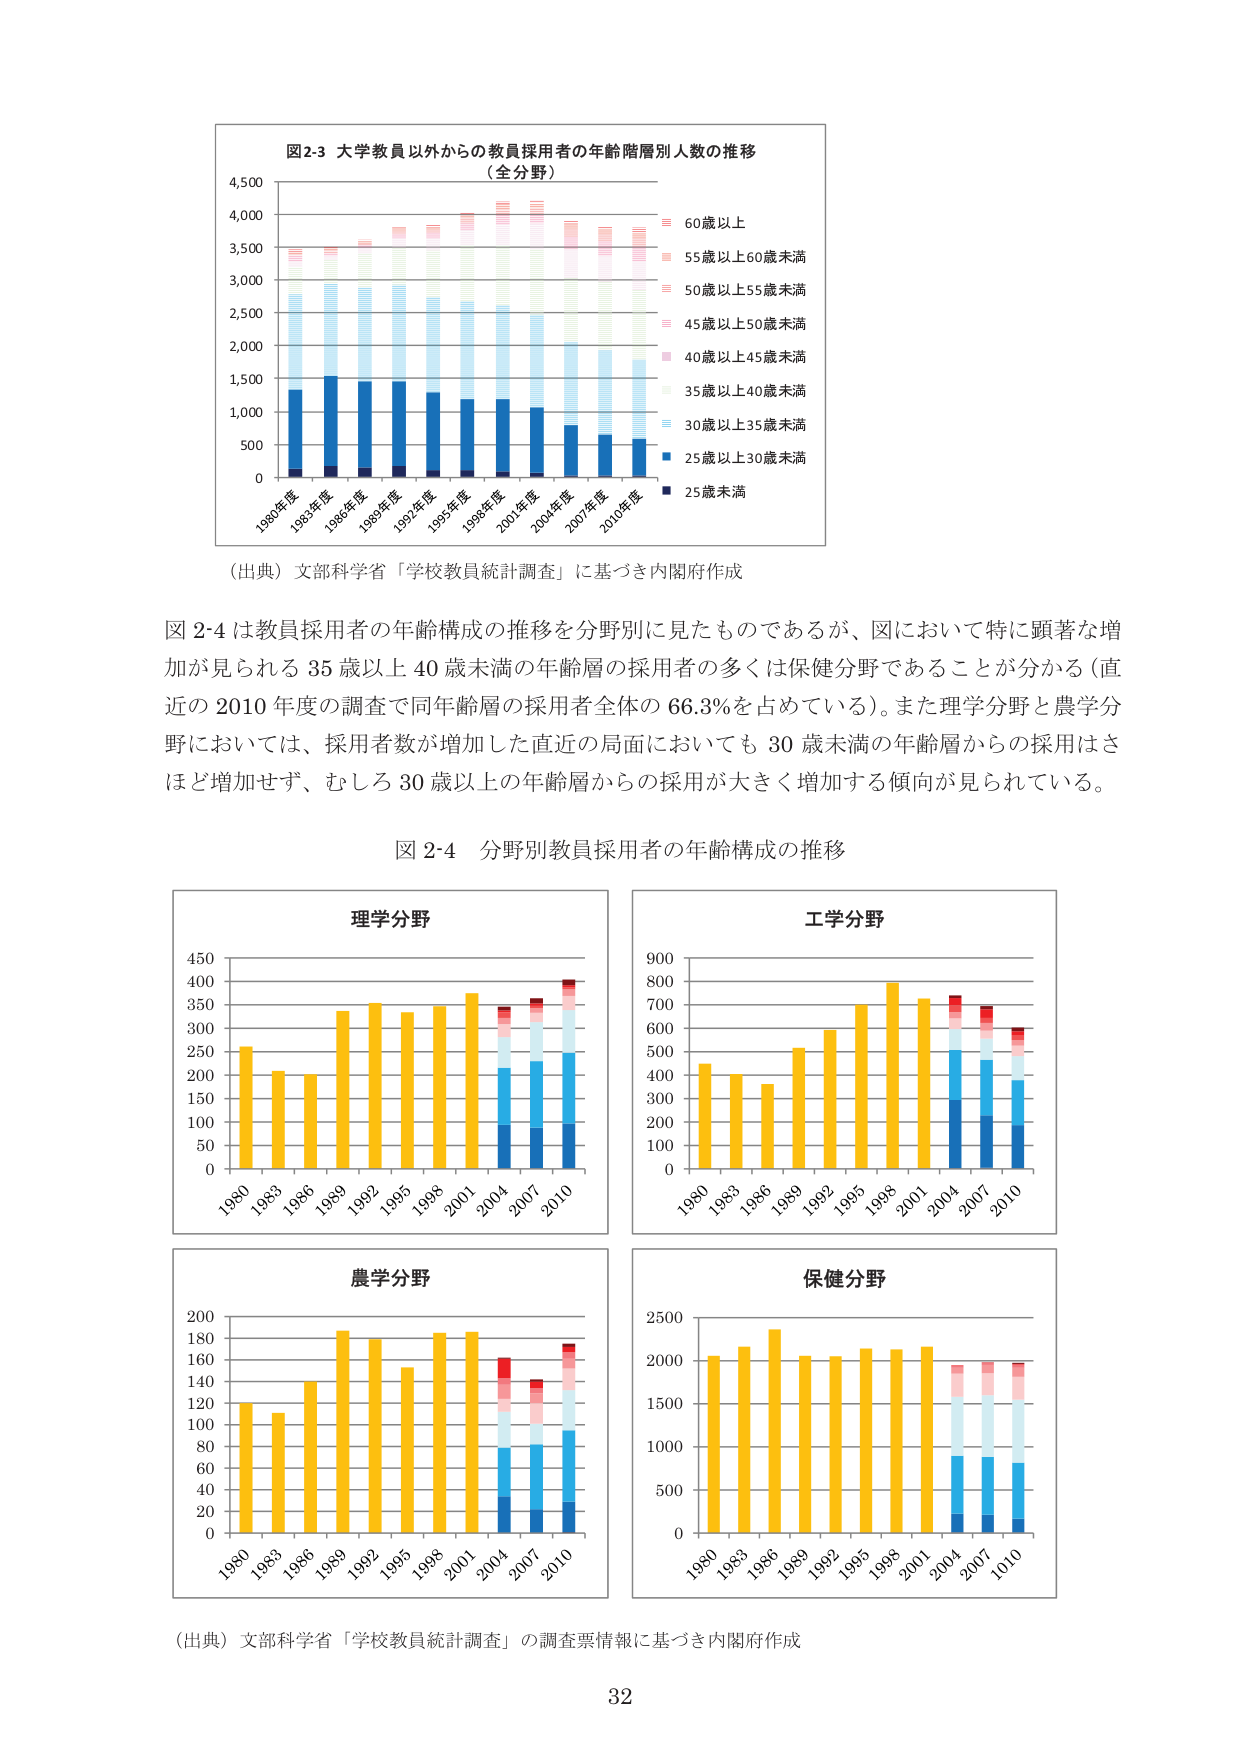
図2-3 大学教員以外からの教員採用者の年齢階層別人数の推移
（全分野）

60歳以上
55歳以上60歳未満
50歳以上55歳未満
45歳以上50歳未満
40歳以上45歳未満
35歳以上40歳未満
30歳以上35歳未満
25歳以上30歳未満
25歳未満

1980年度 1983年度 1986年度 1989年度 1992年度 1995年度 1998年度 2001年度 2004年度 2007年度 2010年度

（出典）文部科学省「学校教員統計調査」に基づき内閣府作成

図2-4は教員採用者の年齢構成の推移を分野別に見たものであるが、図において特に顕著な増加が見られる35歳以上40歳未満の年齢層の採用者の多くは保健分野であることが分かる（直近の2010年度の調査で同年齢層の採用者全体の66.3％を占めている）。また理学分野と農学分野においては、採用者数が増加した直近の局面においても30歳未満の年齢層からの採用はさほど増加せず、むしろ30歳以上の年齢層からの採用が大きく増加する傾向が見られている。

図2-4 分野別教員採用者の年齢構成の推移

理学分野
1980 1983 1986 1989 1992 1995 1998 2001 2004 2007 2010
0 50 100 150 200 250 300 350 400 450

工学分野
1980 1983 1986 1989 1992 1995 1998 2001 2004 2007 2010
0 100 200 300 400 500 600 700 800 900

農学分野
1980 1983 1986 1989 1992 1995 1998 2001 2004 2007 2010
0 20 40 60 80 100 120 140 160 180 200

保健分野
1980 1983 1986 1989 1992 1995 1998 2001 2004 2007 2010
0 500 1000 1500 2000 2500

（出典）文部科学省「学校教員統計調査」の調査票情報に基づき内閣府作成

32